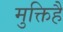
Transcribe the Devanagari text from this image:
मुक्तिहै